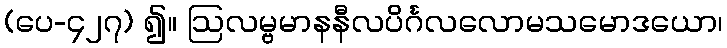
(ပေ-၄၂၇) ၍။ ဩလမ္ဗမာနနီလပိင်္ဂလလောမသမောဒယော၊